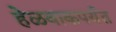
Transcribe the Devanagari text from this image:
हेळवाकपर्यंत